Annual returns of the Patna Lunatic Asylum at Bankipore in Bihar and Orissa - 1912-1924
Year: 1912
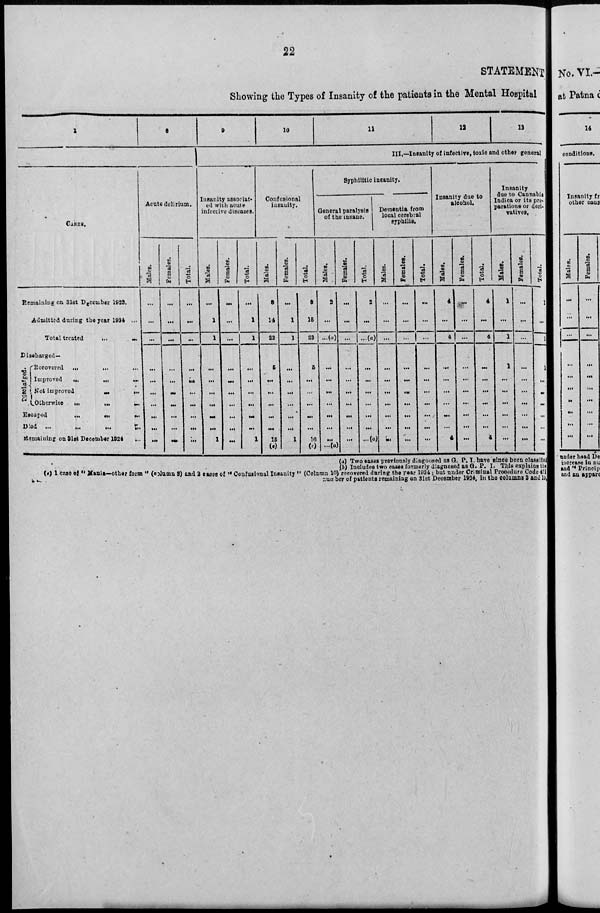
22
STATEMENT
Showing the Types of Insanity of the patients in the Mental Hospital
1
8
CASES.
Remaining on 31st December 1923.
Admitted during the year 1924 ...
Total treated
...
...
Discharged—
Discharged.
Recovered ...
... ...
Improved
...
... ...
Not improvod
...
...
Otherwise
...
...
...
Escaped
...
...
...
Died ...
...
...
...
Remaining on 31st December 1924 ...
Acute delirium.
Males.
...
...
...
...
...
...
...
...
...
...
Females.
...
...
...
...
...
...
...
...
...
...
Total.
...
...
...
...
...
...
...
...
...
...
9
10
11
12
13
III.—Insanity of infective, toxic and other general
Insanity associat¬
ed with acute
infective diseases.
Males.
...
1
1
...
...
...
...
...
...
1
Females.
...
...
...
...
...
...
...
...
...
...
Total.
...
1
1
...
...
...
...
...
...
1
Confusional
insanity.
Males.
8
14
22
5
...
...
...
...
...
15
(e)
Females.
...
1
1
...
...
...
...
...
...
1
Total.
8
15
23
5
...
...
...
...
...
16
(c)
Syphilitic insanity.
General paralysis
of the insane.
Males.
2
...
...(a)
...
...
...
...
...
...
...
...(a)
Females.
...
...
...
...
...
...
...
...
...
...
Total.
2
...
...(a)
...
...
...
...
...
...
...(a)
Dementia from
local cerebral
syphilis.
Males.
...
...
...
...
...
...
...
...
...
...
Females.
...
...
...
...
...
...
...
...
...
...
Total.
...
...
...
...
...
...
...
...
...
...
Insanity due to
alcohol.
Males.
4
...
4
...
...
...
...
...
...
4
Females.
...
...
...
...
...
...
...
...
...
...
Total.
4
...
4
...
...
...
...
...
...
4
Insanity
due to Cannabia
Indica or its pre¬
parations or deri¬
vatives.
Males.
1
...
1
1
...
...
...
...
...
...
Females.
...
...
...
...
...
...
...
...
...
...
Total.
1
...
1
1
...
...
...
...
...
...
(a) Two cases previously deagnosed as G. P; I. have since been classified
(b) Includes two cases formerly diagnosed as G. P. I. This explains the
(c) 1 case of '' Mania—other form " (column 3) and 2 cases of " Confusional Insanity " (Column 10)recovered during the year 1924; but under Criminal Procedure Code 471
number of patients remaining on 31st December 1924, in the columns 3 and 10